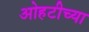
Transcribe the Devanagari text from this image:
ओहटीच्या